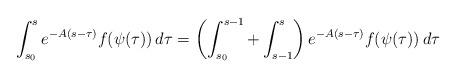
LaTeX: \begin{align*} \int_{ s_{0}}^{ s}e^{- A( s-\tau)}f(\psi(\tau))\,d\tau=\left(\int_{ s_{0}}^{ s-1}+\int_{ s-1}^{ s}\right)e^{- A( s-\tau)}f(\psi(\tau))\,d\tau \end{align*}